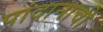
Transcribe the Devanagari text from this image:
पांदानाची